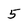
Character: 5